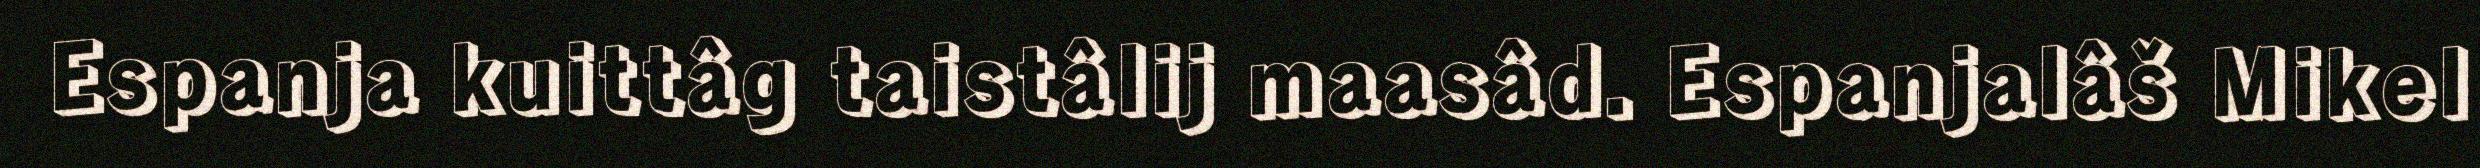
Espanja kuittâg taistâlij maasâd. Espanjalâš Mikel